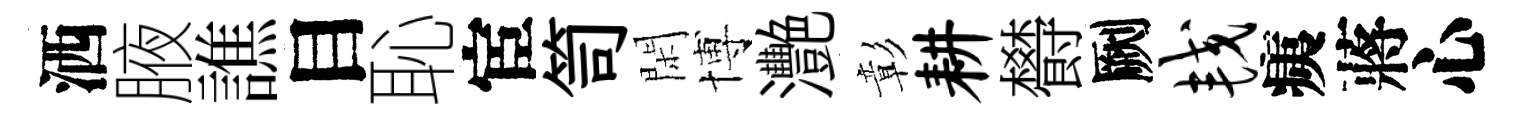
洒腋譙目恥宦笥閑博灧彰耕欎劂较痍蔣心